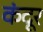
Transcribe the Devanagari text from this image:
कंदूर